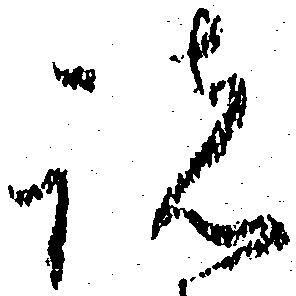
諸